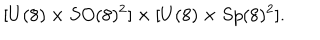
[ U ( 8 ) \times S O ( 8 ) ^ { 2 } ] \times [ U ( 8 ) \times S p ( 8 ) ^ { 2 } ] .